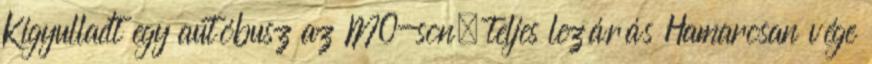
Kigyulladt egy autóbusz az M0-son, teljes lezárás Hamarosan vége